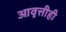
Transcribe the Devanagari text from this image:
आवृत्तीही